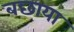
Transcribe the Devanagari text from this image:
बछाया